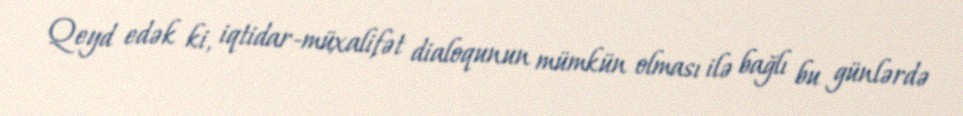
Qeyd edək ki, iqtidar-müxalifət dialoqunun mümkün olması ilə bağlı bu günlərdə